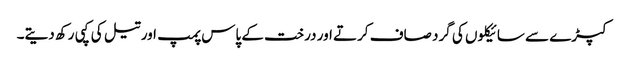
کپڑے سے سائیکلوں کی گرد صاف کرتے اور درخت کے پاس پمپ اور تیل کی کپی رکھ دیتے۔